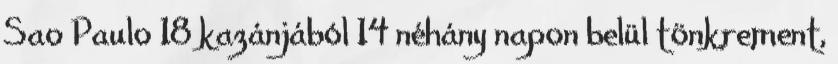
Sao Paulo 18 kazánjából 14 néhány napon belül tönkrement,